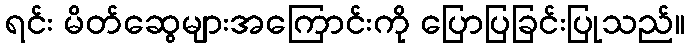
ရင်း မိတ်ဆွေများအကြောင်းကို ပြောပြခြင်းပြုသည်။